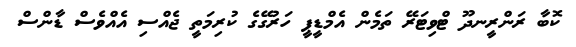
ކޮބާ ރަންރީނދޫ ޓްވިޓަރޭ ތަމެން އެމްޑީޕީ ހަރުގޭގެ ކުރިމަތީ ޖެއްސި އެއްވެސް ޑާންސް